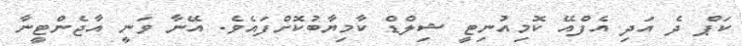
ކަޕް ދެ އަދި އެފްއޭ ކޮމިއުނިޓީ ޝިލްޑް ކާމިޔާބުކޮށްފައެވެ. އޭނާ ވަނީ އާޖެންޓީނާ